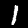
Digit: 1